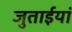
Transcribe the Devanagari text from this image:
जुताईयां